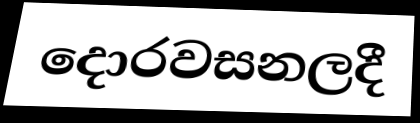
දොරවසනලදී